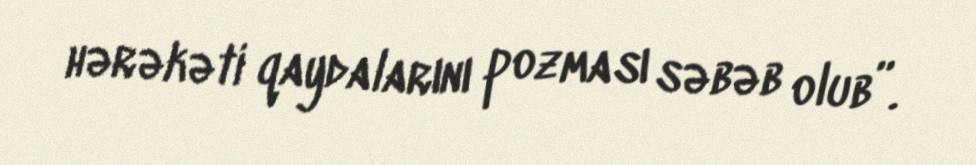
hərəkəti qaydalarını pozması səbəb olub”.